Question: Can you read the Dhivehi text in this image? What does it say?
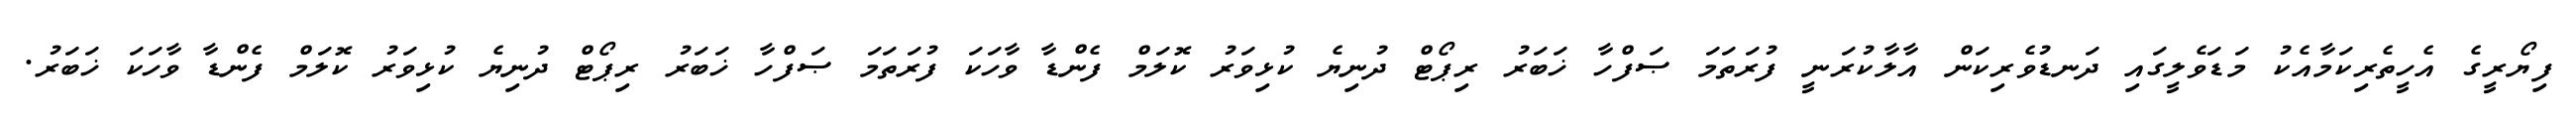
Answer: ފިޔޯރީގެ އެހީތެރިކަމާއެކު މަޑަވެލީގައި ދަނޑުވެރިކަން އާލާކުރަނީ ފުރަތަމަ ޞަފްހާ ޚަބަރު ރިޕޯޓް ދުނިޔެ ކުޅިވަރު ކޮލަމް ފެންޑާ ވާހަކަ ފުރަތަމަ ޞަފްހާ ޚަބަރު ރިޕޯޓް ދުނިޔެ ކުޅިވަރު ކޮލަމް ފެންޑާ ވާހަކަ ޚަބަރު.